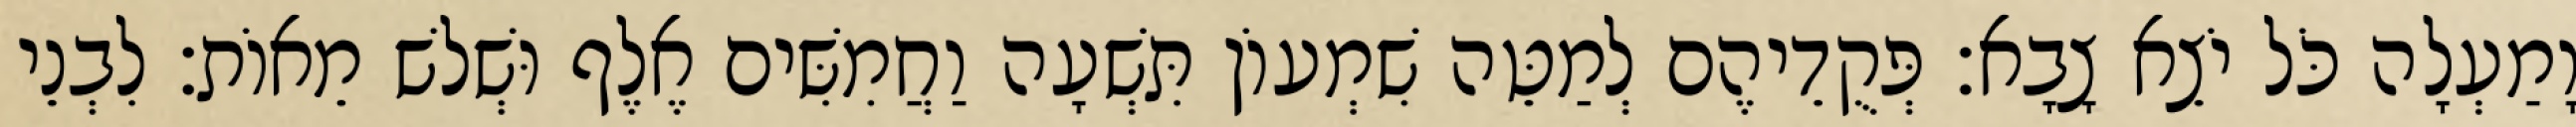
וָמַעְלָה כֹּל יֹצֵא צָבָא׃ פְּקֻדֵיהֶם לְמַטֵּה שִׁמְעוֹן תִּשְׁעָה וַחֲמִשִּׁים אֶלֶף וּשְׁלשׁ מֵאוֹת׃ לִבְנֵי